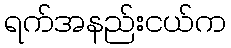
ရက်အနည်းငယ်က